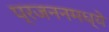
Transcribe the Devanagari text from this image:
प्रजननमध्ये